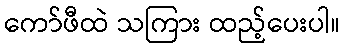
ကော်ဖီထဲ သကြား ထည့်ပေးပါ။